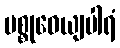
မစ္စုဓေယျပါရံ